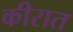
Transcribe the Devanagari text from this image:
कीरात